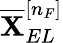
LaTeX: \overline{{\mathbf{X}}}_{EL}^{[n_{F}]}